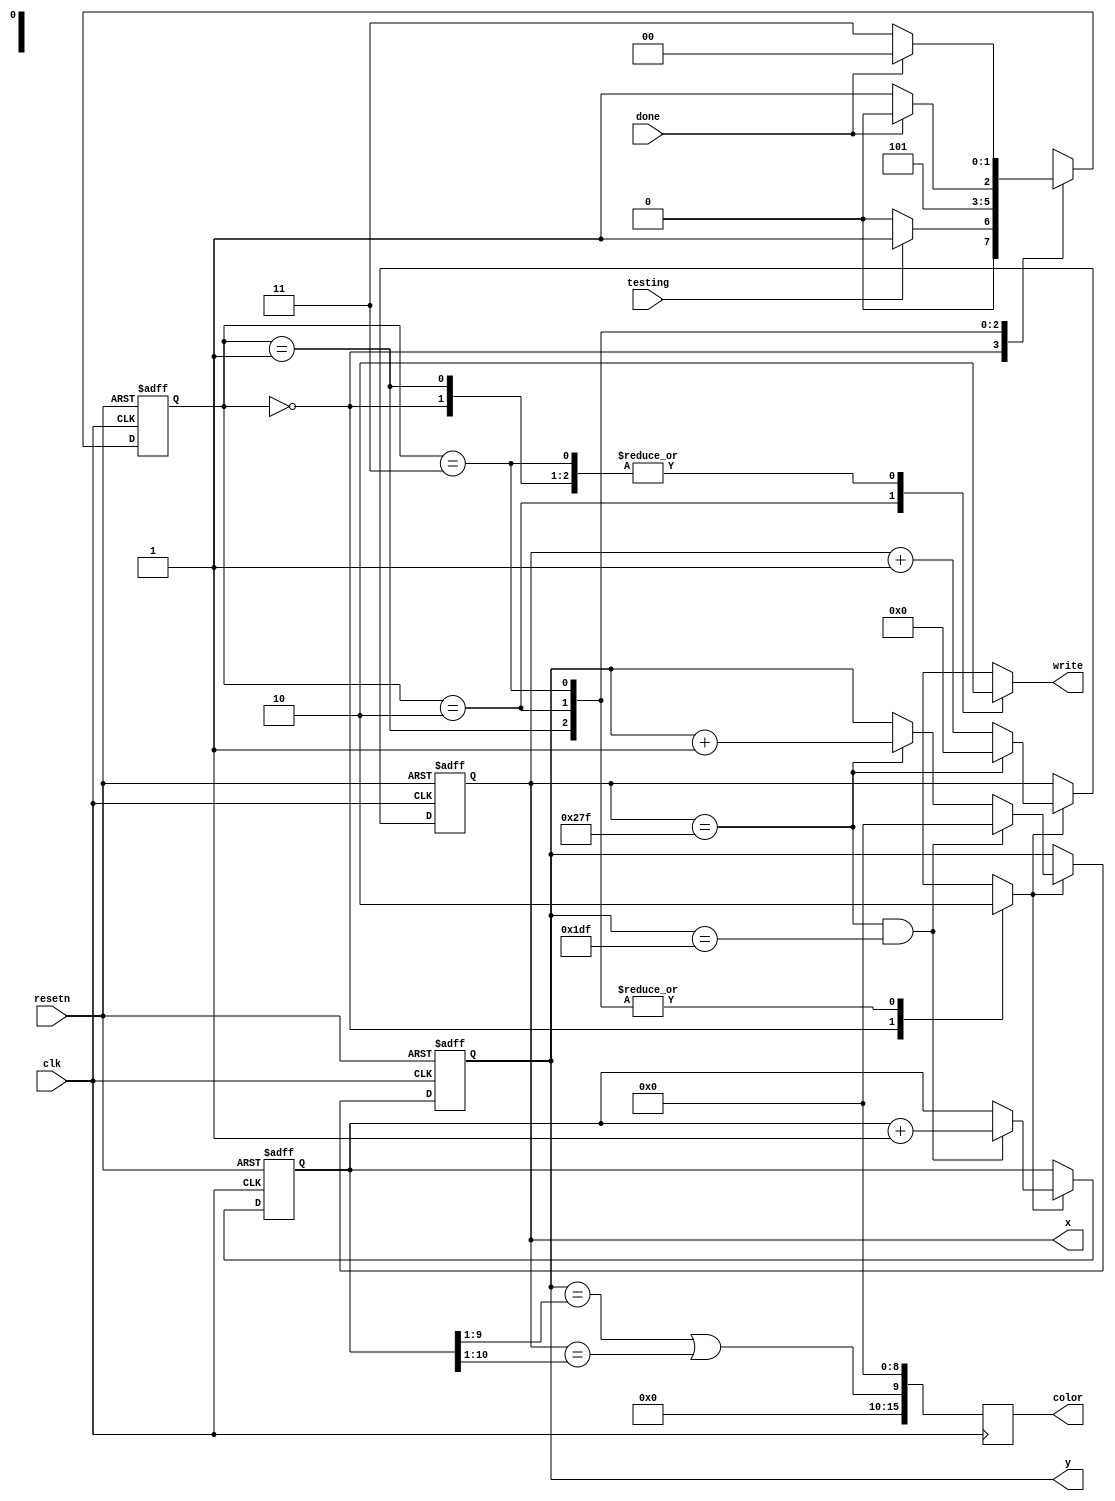
module DisplayExample(
	input resetn,
	input clk, 
	output reg [15:0] color,
	output reg [9:0] x,
	output reg [8:0] y,
	output reg write,
	input done,
	input testing);
	
	reg [17:0] slowCount;
	
	
	//--- pixel counters
	wire xClear, yClear;
	reg  xCount;
	
	assign xClear = (x == 10'd639);

	always @(posedge clk or negedge resetn)
	begin
		if (!resetn)
			x <= 10'd0;
		else if (xCount)
		begin
			if (xClear)	x <= 10'd0;
			else		x <= x + 1'b1;
		end
	end
	
	
	assign yClear = (y == 10'd479);

	always @(posedge clk or negedge resetn)
	begin
		if (!resetn)
			y <= 9'd0;
		else if (xCount)
		begin
			if (xClear && yClear)	y <= 9'd0; //New frame
			else if (xClear)		y <= y + 1'b1;
		end
	end


	always @(posedge clk or negedge resetn)
	begin
		if (!resetn)
			slowCount <= 18'd0;
		else if (xCount)
		begin
			if (xClear && yClear)	slowCount <= slowCount + 1'b1; //New frame
		end
	end


	//--- Color generator
	always @(posedge clk) //must be registered - results in errors without it (why???)
	begin
		/*
		color[4:0] <= (x[6:2] ^ y[6:2]) ^ (slowCount[7:3]);
		color[9:5] <= (x[7:3] ^ y[7:3]) ^ (slowCount[7:3]);
		color[14:10] <= (x[8:4] ^ y[8:4]) ^ (slowCount[7:3]);
		color[15] <= 1'b0;
		*/

		//color[15:0] <= {6'b0,  ((x[9:0] == 10'd0) | ((x[9:0] > 10'd254) & (x[9:0] < 10'd258)) | ((x[9:0] > 10'd510) & (x[9:0] < 10'd514))) & (y[8:0] == 9'd100) ,9'b0};
		//color[15:0] <= {6'b0,  (x[9:0] == 10'd638), 9'b0};

		color[15:0] <= {6'b0, ((y[8:0] == slowCount[9:1]) || (x[9:0] == slowCount[10:1])), 9'b0};

		//color[15:0] <= {6'b0,  ((x[9:0] == 10'd638) || (x[9:0] == 10'd0) || (y[8:0] == 9'd479) || (y[8:0] == 9'd0)), 9'b0};

		//color[15:0] <= {6'b0,  ((x[9:0] == 10'd639) || (x[9:0] == 10'd0) || (y[8:0] == 9'd0) || (y[8:0] == 9'd479)), 9'b0};

		/*
		color[4:0] <= x[9:5];
		color[9:5] <= y[8:4];
		color[14:10] <= x[6:2] ^ y[6:2];
		color[15] <= 1'b0;
		*/
		
		//color[15:0] <= 16'b0000001111100000;
		//color[15:0] <= {x[9:0],y[5:0]};
		//color[15:0] <= {y[7:0],y[7:0]};
		//color[15:0] <= {6'b0,y[8:8],9'b0};
		//color[15:0] <= {6'b0,x[9:9],9'b0};
	end
	

	
	//--- Write state machine (full handshaking)
	parameter S0 = 2'd0, S1 = 2'd1, S2 = 2'd2, S3 = 2'd3;
	
	reg [1:0] s, S;
	
	always @(posedge clk or negedge resetn)
	begin
		if (!resetn)
			s <= S0;
		else
			s <= S;
	end
	
	always @(s or done or testing)
	begin
		case (s)
			S0: //Increment counter
			begin
				write <= 1'b0;
				xCount <= 1'b1;
				
				if (testing)
					S <= S1;
				else 
					S <= S0;
			end
			
			S1: //Wait - results in errors without it (why???)
			begin
				write <= 1'b0;
				xCount <= 1'b0;
				S <= S2;
			end
			
			S2: //request write and wait for acknowledgement
			begin
				write <= 1'b1; 
				xCount <= 1'b0;
				
				if (done == 1'b1)	S <= S2;
				else				S <= S3;
			end
			
			S3: //Wait for it to finish after writing
			begin
				write <= 1'b0;
				xCount <= 1'b0;
				
				if (done == 1'b0)	S <= S3; 
				else				S <= S0;
			end	
		
			default:
			begin
				write <= 1'bx;
				xCount <= 1'bx;
				S <= 2'bxx; 
			end	
			
		endcase
	end
	
endmodule